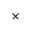
\times